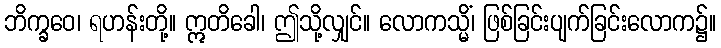
ဘိက္ခဝေ၊ ရဟန်းတို့။ ဣတိခေါ၊ ဤသို့လျှင်။ လောကသ္မိံ၊ ဖြစ်ခြင်းပျက်ခြင်းလောက၌။